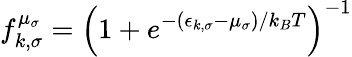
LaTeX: f_{k,\sigma}^{\mu_{\sigma}}=\left(1+e^{-(\epsilon_{k,\sigma}-\mu_{\sigma})/k_{B}T}\right)^{-1}